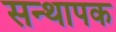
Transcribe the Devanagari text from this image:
सन्थापक